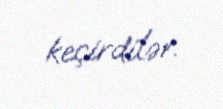
keçirdilər.